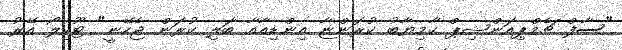
"ސާފް ޗެމްޕިއަންޝިޕް ކާމިޔާބު ކުރަންޏާ އިންޑިއާއާ ބަލި ކުރަން ޖެހޭނީ" ޓޫކިލޯ އޭރު